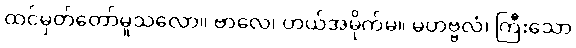
ထင်မှတ်တော်မူသလော။ ဗာလေ၊ ဟယ်အမိုက်မ။ မဟဗ္ဗလံ၊ ကြီးသော